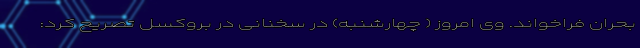
بحران فراخواند. وی امروز ( چهارشنبه) در سخنانی در بروکسل تصریح کرد: